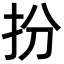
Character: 扮